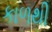
કાળથી